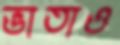
ভাতাও